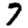
Digit: 7